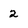
Character: 2